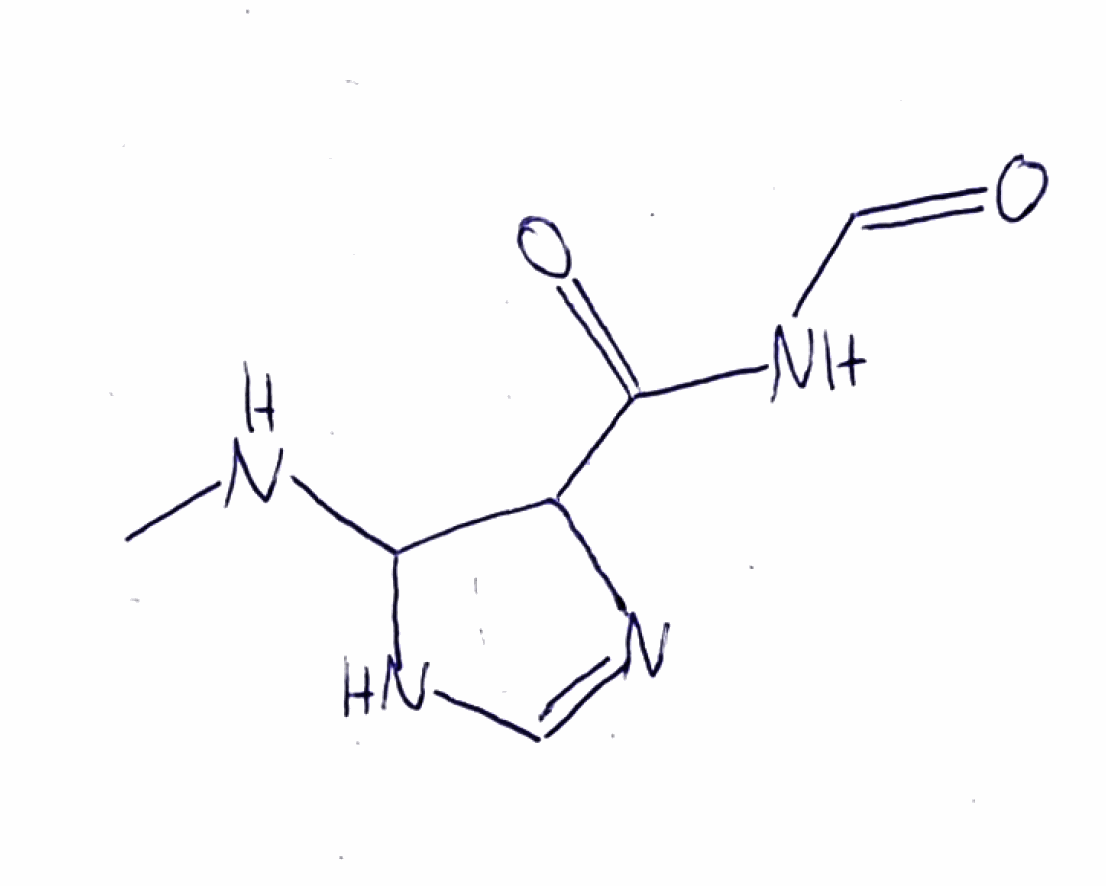
Simplified molecular-input line-entry system (SMILES) notation of the given molecule:
CNC1C(N=CN1)C(=O)NC=O